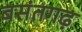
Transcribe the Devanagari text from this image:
बसंतगढ़